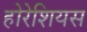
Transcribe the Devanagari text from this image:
होरेशियस